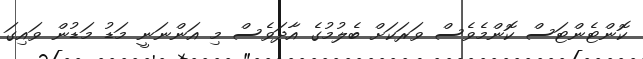
ކޮންޓެންޓަސް ކޮންމެވެސް ވަރަކަށް ބެލުމުގެ އާދަވެސް މި އަންނަނީ މަޑު މަޑުން ވައިގަ